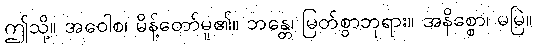
ဤသို့။ အဝေါစ၊ မိန့်တော်မူ၏။ ဘန္တေ၊ မြတ်စွာဘုရား။ အနိစ္စော၊ မမြဲ။